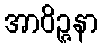
အာဝိဉ္ဇနာ